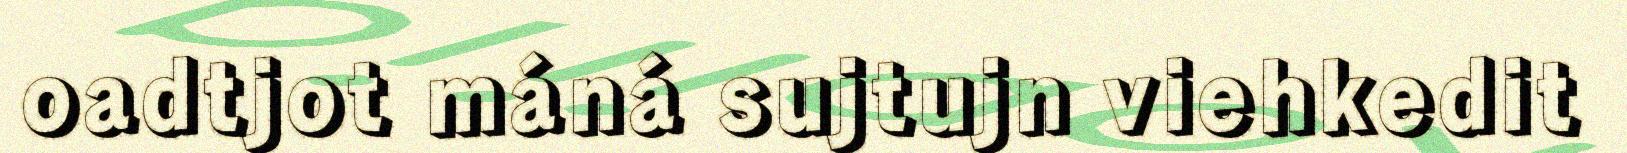
oadtjot máná sujtujn viehkedit